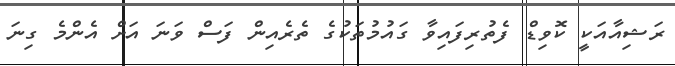
ރަޝިއާއަކީ ކޮވިޑް ފެތުރިފައިވާ ގައުމުތަކުގެ ތެރެއިން ފަސް ވަނަ އަށް އެންމެ ގިނަ